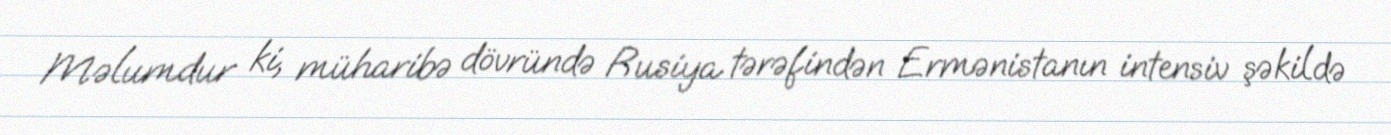
Məlumdur ki, müharibə dövründə Rusiya tərəfindən Ermənistanın intensiv şəkildə